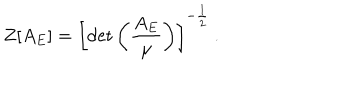
Z [ A _ { E } ] = \left[ \mathrm { d e t } \left( \frac { A _ { E } } { \mu } \right) \right] ^ { - \frac { 1 } { 2 } } \: .